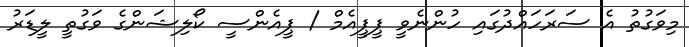
މިވަގުތު އެ ސަރަހައްދުގައި ހުންނެވީ ޕީޕީއެމް / ޕީއެންސީ ކޯލިޝަންގެ ވަގުތީ ލީޑަރު